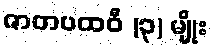
ဇာတပထဝီ (၃) မျိုး